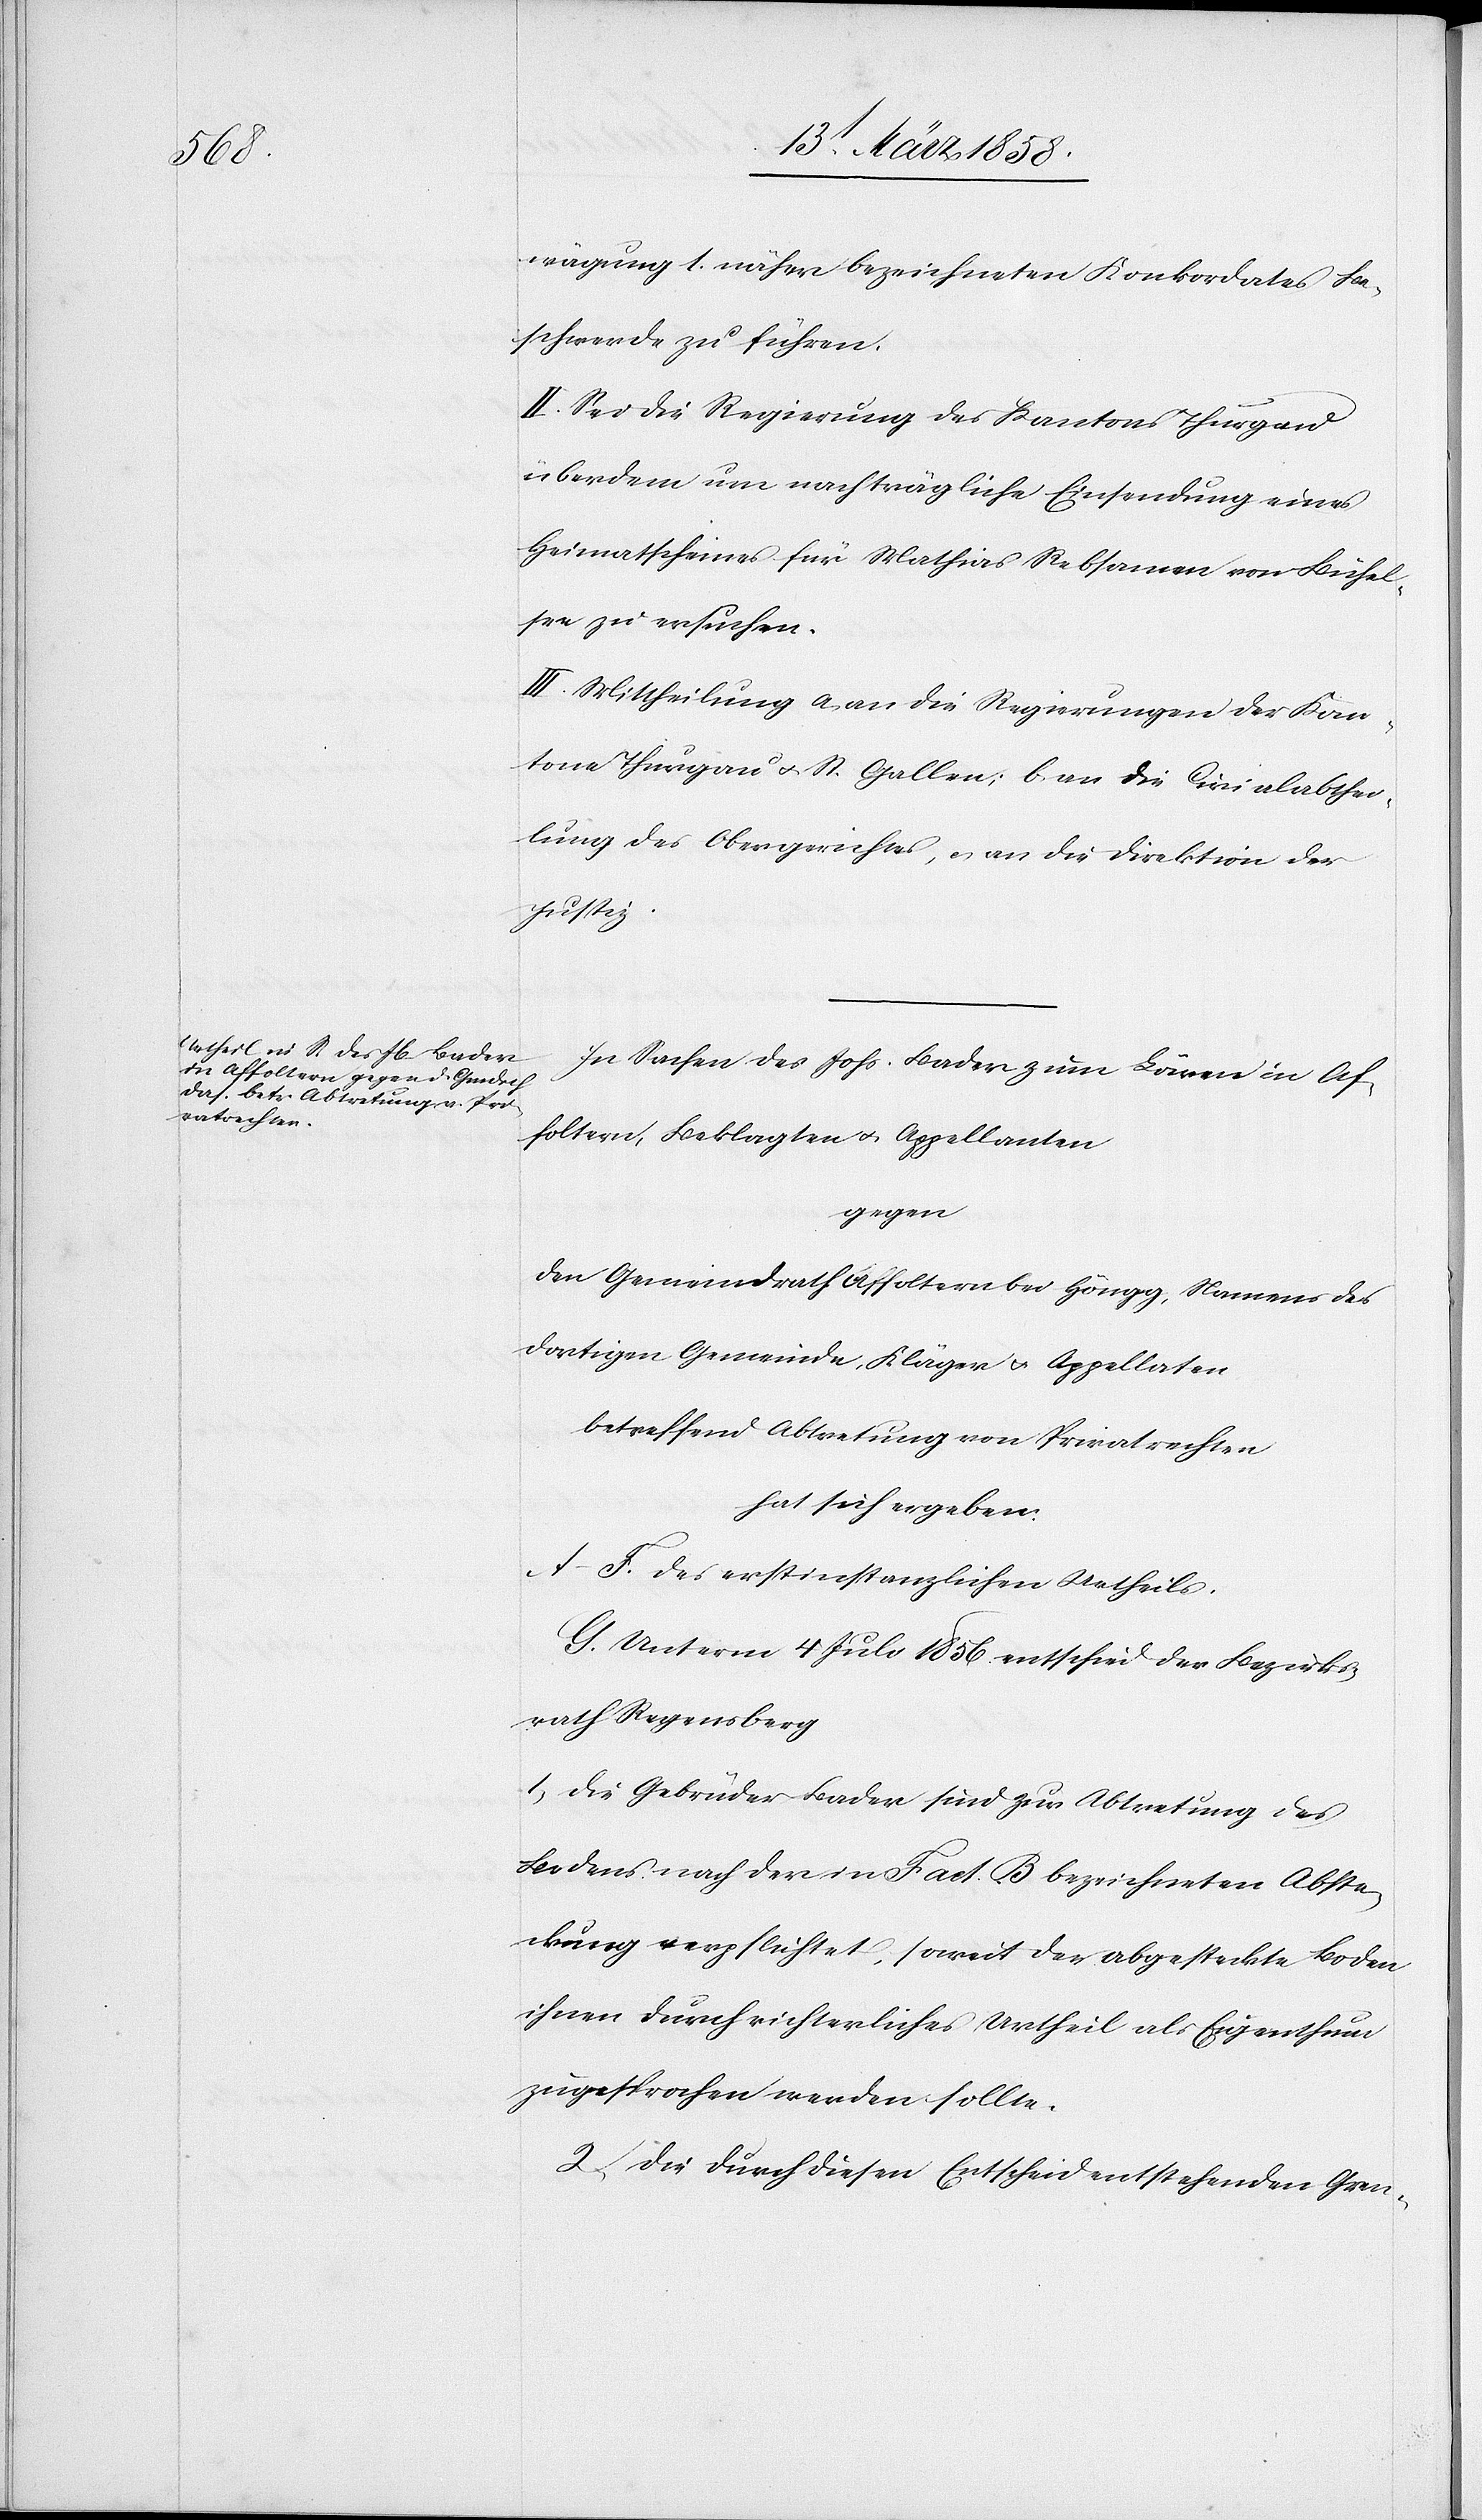
wägung 1 näher bezeichneten Konkordates Be¬
schwerde zu führen.
II. Sei die Regierung des Kantons Thurgau
überdem um nachträgliche Einsendung eines
Heimathscheines für Mathias Rebsamen von Bichel¬
see zu ersuchen.
III. Mittheilung a) an die Regierungen der Kan¬
tone Thurgau u. St. Gallen, b) an die Civilabthei¬
lung des Obergerichtes, u. an die Direktion der
Justiz.
In Sachen des Johs. Bader zum Bären in Af¬
foltern, Beklagten u. Appellanten
gegen
den Gemeindrath Affoltern bei Höngg, Namens der
Dortigen Gemeinde, Kläger u. Appellaten
betreffend Abtretung von Privatrechten
hat sich ergeben:
A–F. des erstinstanzlichen Urtheils.
G. Unterm 4. Juli 1856 entschied der Bezirks¬
rath Regensberg
1. Die Gebrüder Bader sind zur Abtretung des
Bodens nach der in Fact. B bezeichneten Abste¬
ckung verpflichtet, soweit der abgestreckte Boden
ihnen durch richterliches Urtheil als Eigenthum
zugesprochen werden sollte.
2. Die durch diesen Entscheid entstehenden Gren-